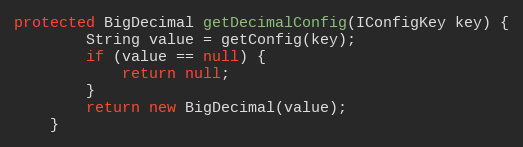
Language: Java
protected BigDecimal getDecimalConfig(IConfigKey key) {
        String value = getConfig(key);
        if (value == null) {
            return null;
        }
        return new BigDecimal(value);
    }